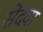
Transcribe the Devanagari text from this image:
सेंदवा